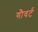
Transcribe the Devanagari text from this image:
गौवर्ट